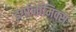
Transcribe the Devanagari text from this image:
इर्गानॉमिक्स